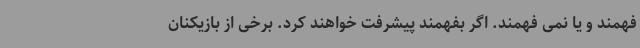
فهمند و یا نمی فهمند. اگر بفهمند پیشرفت خواهند کرد. برخی از بازیکنان